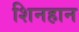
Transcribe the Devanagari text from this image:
शिनहान